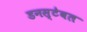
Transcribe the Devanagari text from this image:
डनस्टेबल